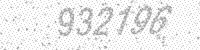
Solution: 932196